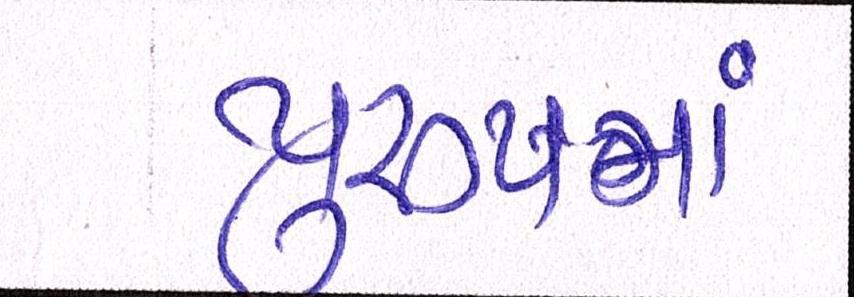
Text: પુરુષમાં